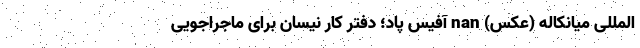
المللی میانکاله (عکس) nan آفیس پاد؛ دفتر کار نیسان برای ماجراجویی